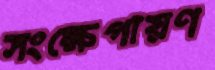
সংক্ষেপায়ণ